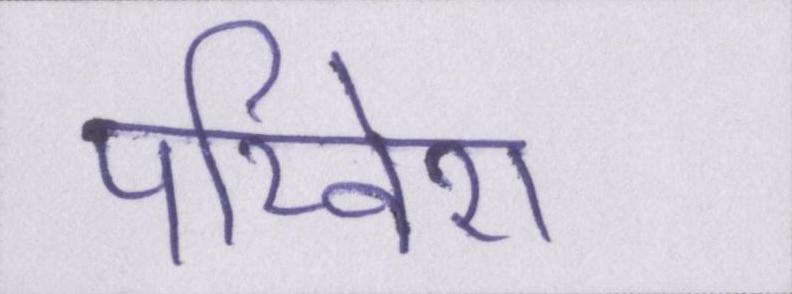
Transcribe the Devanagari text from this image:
परिवेश